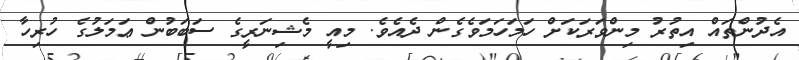
އެދުންތައް އިތުރު މިންވަރަކަށް ހަމަހަމަވެގެން ދެއެވެ. މިއީ މެޝިނަރީގެ ސަބަބުން ޢަމަލުގެ ހުރިހާ